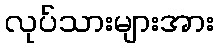
လုပ်သားများအား